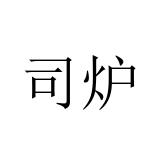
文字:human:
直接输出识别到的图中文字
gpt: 司炉